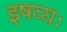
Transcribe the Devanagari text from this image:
इषव्यः